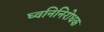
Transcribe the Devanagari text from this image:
घ्वनिनिरोधक